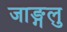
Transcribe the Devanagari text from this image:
जाङ्गलु